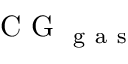
\mathrm { ~ C ~ G ~ } _ { \mathrm { ~ g ~ a ~ s ~ } }